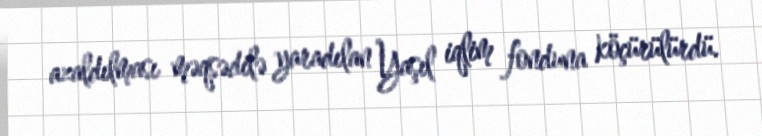
azaldılması məqsədilə yaradılan Yaşıl iqlim fonduna köçürülürdü.